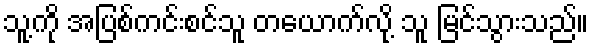
သူ့ကို အပြစ်ကင်းစင်သူ တယောက်လို့ သူ မြင်သွားသည်။